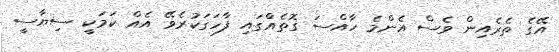
އޭގެ ތެރެއިން ވެސް އެންމެ ހާއްސަ ގޮތެއްގައި ފާހަގަކުރެވޭ އެއް ކަމަކީ ސިޔާސީ